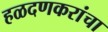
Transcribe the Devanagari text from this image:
हळदणकरांचा